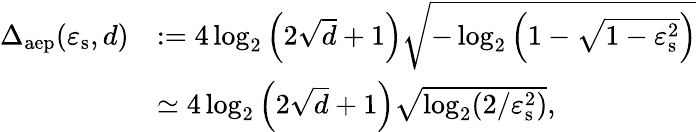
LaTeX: \begin{array}{rl}{\Delta_{\mathrm{aep}}(\varepsilon_{\mathrm{s}},d)}&{:=4\log_{2}\left(2\sqrt{d}+1\right)\sqrt{-\log_{2}\left(1-\sqrt{1-\varepsilon_{\mathrm{s}}^{2}}\right)}}\\ &{\simeq 4\log_{2}\left(2\sqrt{d}+1\right)\sqrt{\log_{2}(2/\varepsilon_{\mathrm{s}}^{2})},}\end{array}